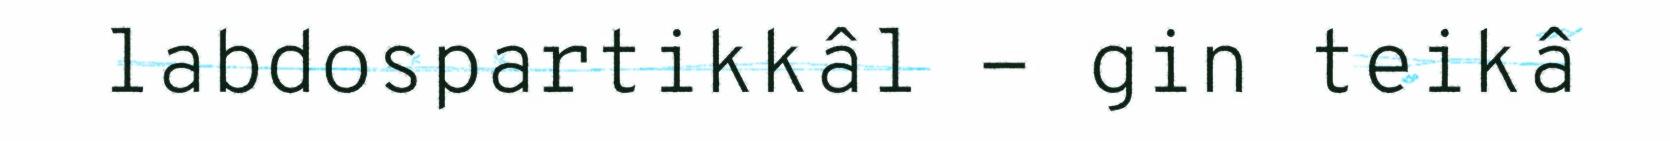
labdospartikkâl - gin teikâ